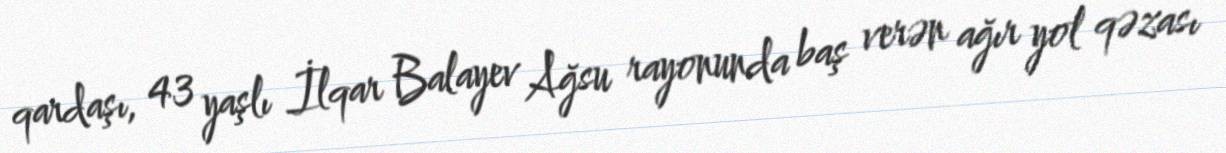
qardaşı, 43 yaşlı İlqar Balayev Ağsu rayonunda baş verən ağır yol qəzası